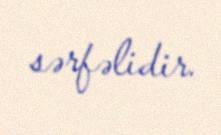
sərfəlidir.